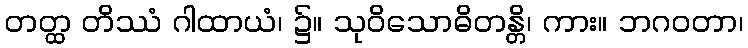
တတ္ထ တိဿံ ဂါထာယံ၊ ၌။ သုဝိသောဓိတန္တိ၊ ကား။ ဘဂဝတာ၊